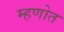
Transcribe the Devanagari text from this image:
म्हणोत